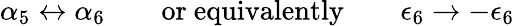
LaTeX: \alpha_{5}\leftrightarrow\alpha_{6}\quad\quad\mathrm{or~equivalently}\quad\quad\epsilon_{6}\rightarrow-\epsilon_{6}